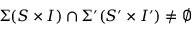
\Sigma ( S \times I ) \cap \Sigma ^ { \prime } ( S ^ { \prime } \times I ^ { \prime } ) \neq \emptyset